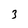
Character: 3